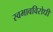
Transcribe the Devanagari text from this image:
स्वभावविरोधी